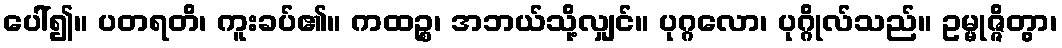
ပေါ်၍။ ပတရတိ၊ ကူးခပ်၏။ ကထဉ္စ၊ အဘယ်သို့လျှင်။ ပုဂ္ဂလော၊ ပုဂ္ဂိုလ်သည်။ ဥမ္မုဇ္ဇိတွာ၊